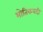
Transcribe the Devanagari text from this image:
भोतिकवदी